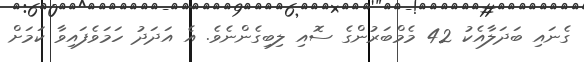
ގެނައި ބަދަލާއެކު 42 މެމްބަރުންގެ ސޮއި ލިބިގެންނެވެ. އެ އަދަދު ހަމަވެފައިވާ ކަމަށް